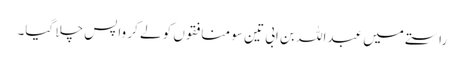
راستے میں عبداللہ بن ابی تین سو منافقوں کو لے کر واپس چلا گیا۔